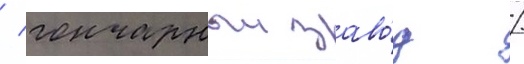
/ гончарныи заво́д /